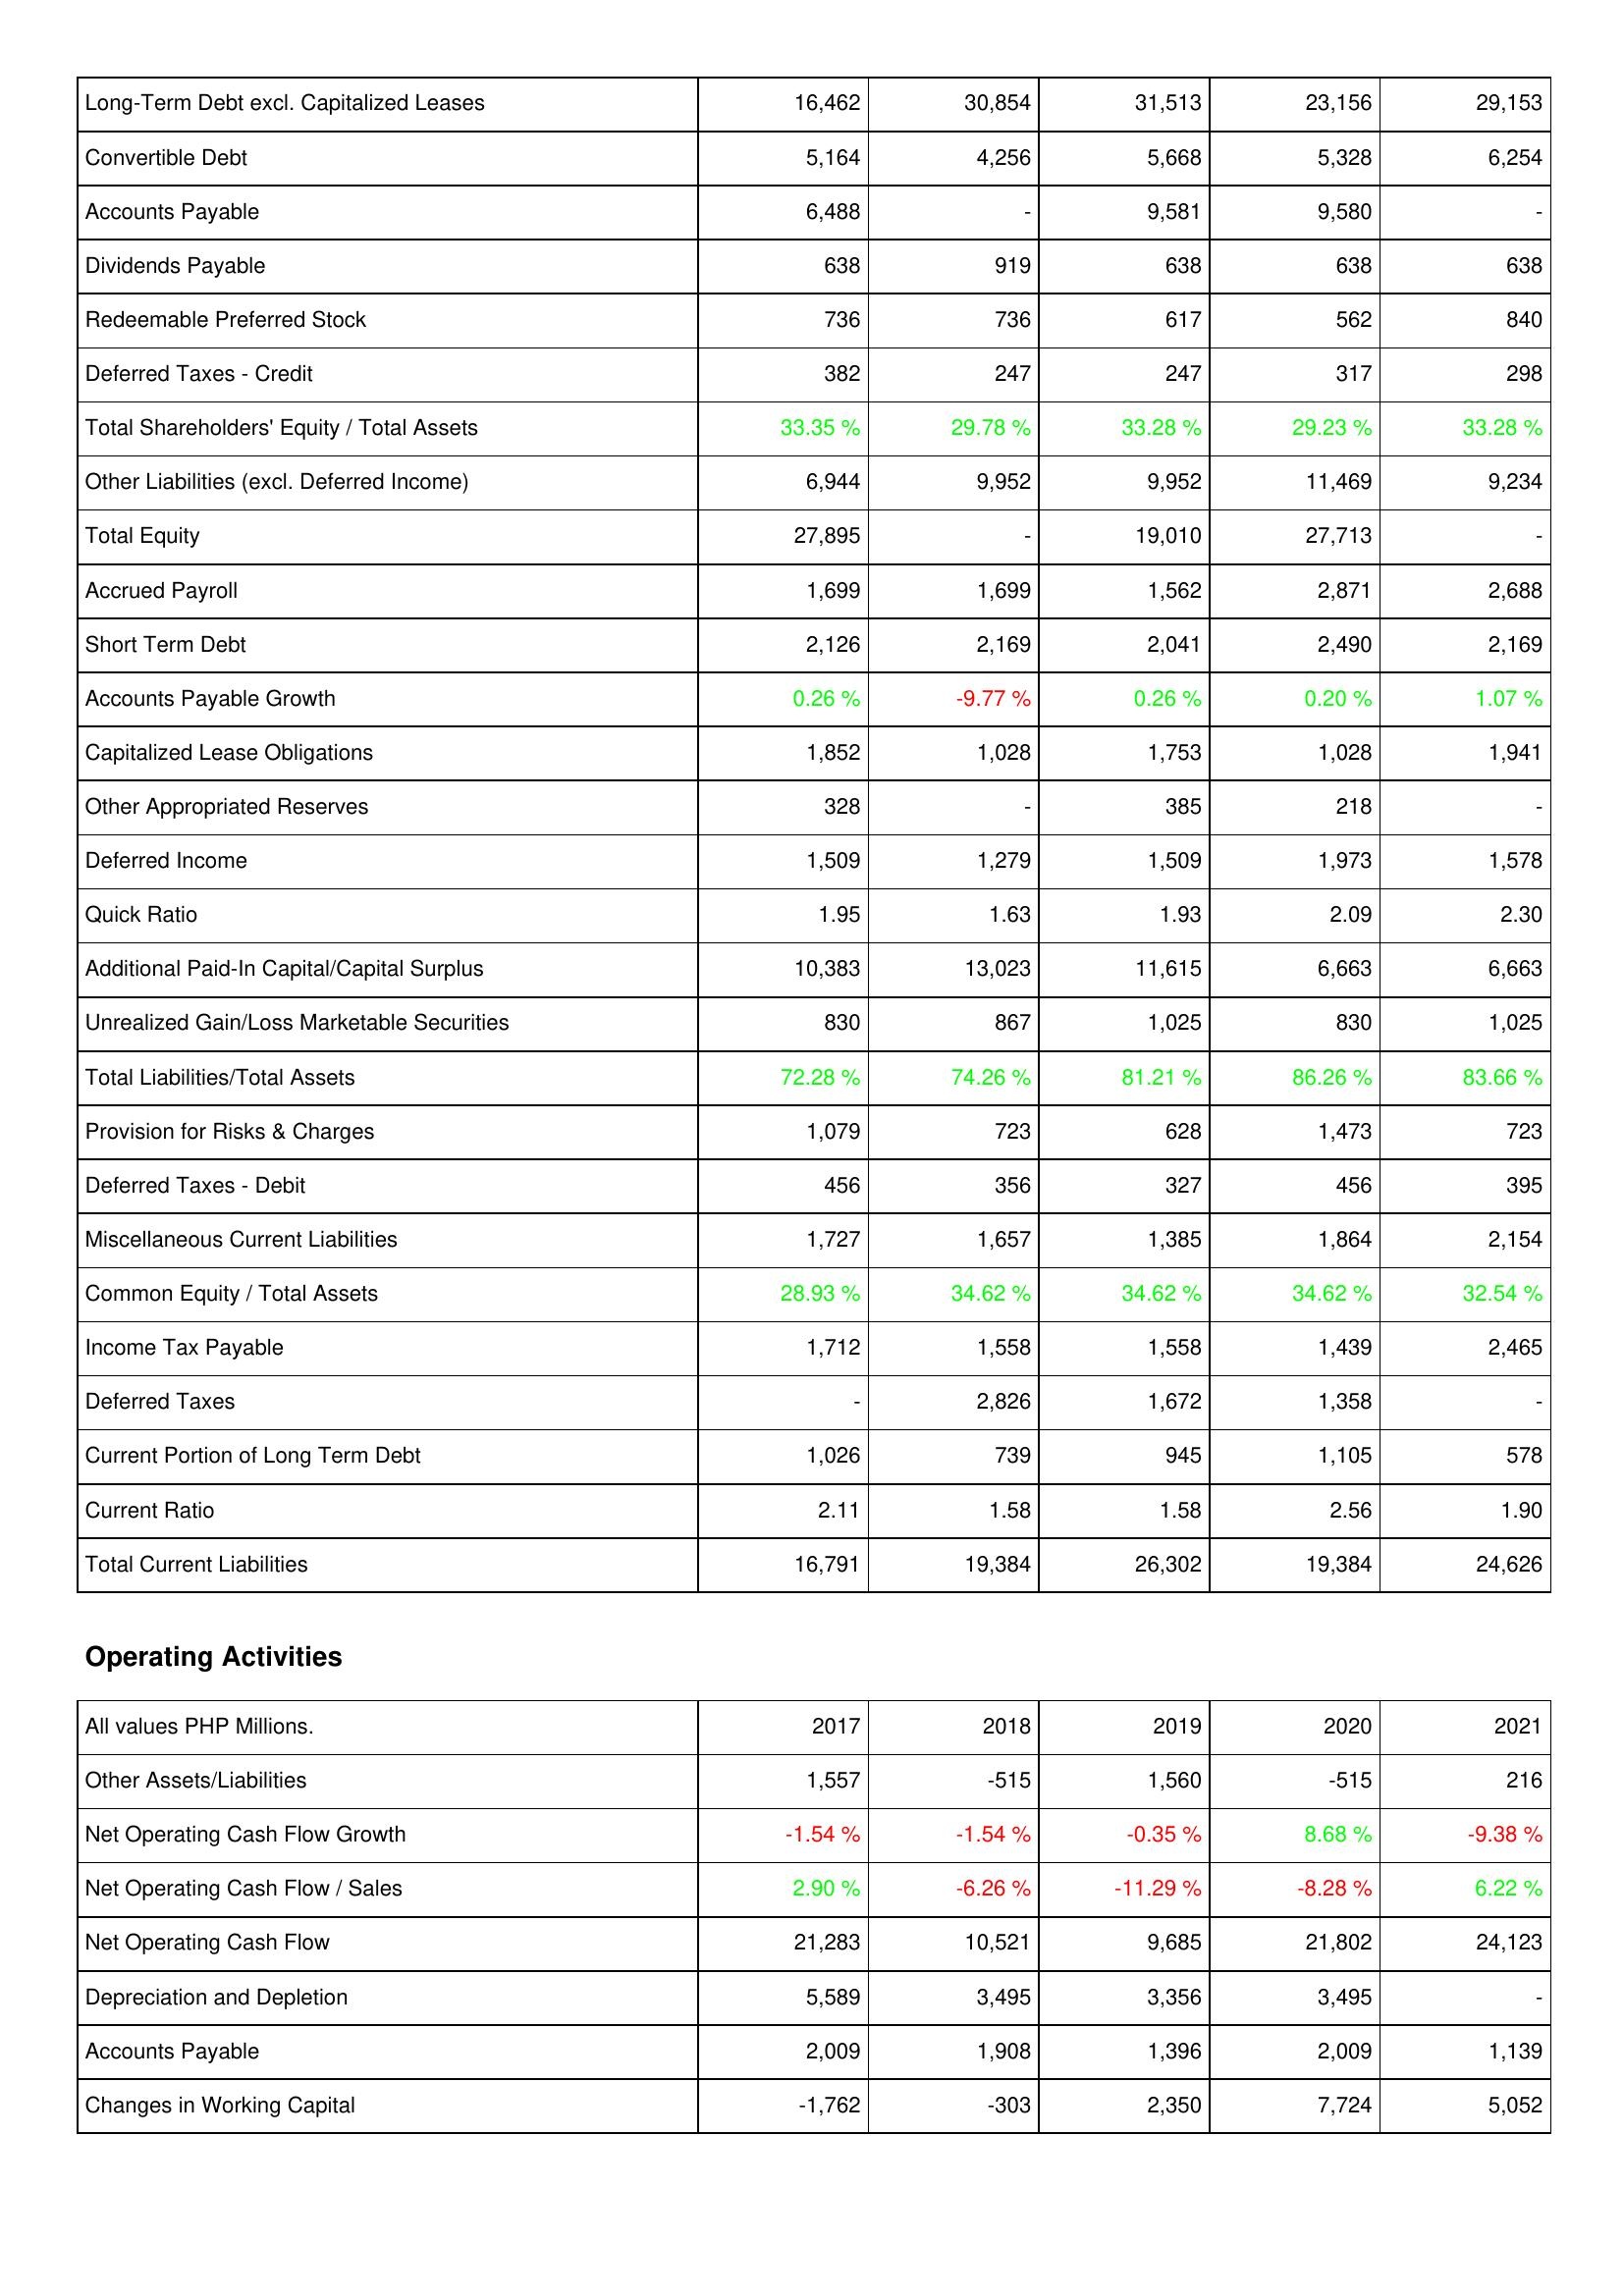
2017: Liabilities & Shareholders' Equity: Long-Term Debt excl. Capitalized Leases: 16,462
Convertible Debt: 5,164
Accounts Payable: 6,488
Dividends Payable: 638
Redeemable Preferred Stock: 736
Deferred Taxes - Credit: 382
Total Shareholders' Equity / Total Assets: 33.35 %
Other Liabilities (excl. Deferred Income): 6,944
Total Equity: 27,895
Accrued Payroll: 1,699
Short Term Debt: 2,126
Accounts Payable Growth: 0.26 %
Capitalized Lease Obligations: 1,852
Other Appropriated Reserves: 328
Deferred Income: 1,509
Quick Ratio: 1.95
Additional Paid-In Capital/Capital Surplus: 10,383
Unrealized Gain/Loss Marketable Securities: 830
Total Liabilities/Total Assets: 72.28 %
Provision for Risks & Charges: 1,079
Deferred Taxes - Debit: 456
Miscellaneous Current Liabilities: 1,727
Common Equity / Total Assets: 28.93 %
Income Tax Payable: 1,712
Deferred Taxes: -
Current Portion of Long Term Debt: 1,026
Current Ratio: 2.11
Total Current Liabilities: 16,791
Operating Activities: Other Assets/Liabilities: 1,557
Net Operating Cash Flow Growth: -1.54 %
Net Operating Cash Flow / Sales: 2.90 %
Net Operating Cash Flow: 21,283
Depreciation and Depletion: 5,589
Accounts Payable: 2,009
Changes in Working Capital: -1,762
2018: Liabilities & Shareholders' Equity: Long-Term Debt excl. Capitalized Leases: 30,854
Convertible Debt: 4,256
Accounts Payable: -
Dividends Payable: 919
Redeemable Preferred Stock: 736
Deferred Taxes - Credit: 247
Total Shareholders' Equity / Total Assets: 29.78 %
Other Liabilities (excl. Deferred Income): 9,952
Total Equity: -
Accrued Payroll: 1,699
Short Term Debt: 2,169
Accounts Payable Growth: -9.77 %
Capitalized Lease Obligations: 1,028
Other Appropriated Reserves: -
Deferred Income: 1,279
Quick Ratio: 1.63
Additional Paid-In Capital/Capital Surplus: 13,023
Unrealized Gain/Loss Marketable Securities: 867
Total Liabilities/Total Assets: 74.26 %
Provision for Risks & Charges: 723
Deferred Taxes - Debit: 356
Miscellaneous Current Liabilities: 1,657
Common Equity / Total Assets: 34.62 %
Income Tax Payable: 1,558
Deferred Taxes: 2,826
Current Portion of Long Term Debt: 739
Current Ratio: 1.58
Total Current Liabilities: 19,384
Operating Activities: Other Assets/Liabilities: -515
Net Operating Cash Flow Growth: -1.54 %
Net Operating Cash Flow / Sales: -6.26 %
Net Operating Cash Flow: 10,521
Depreciation and Depletion: 3,495
Accounts Payable: 1,908
Changes in Working Capital: -303
2019: Liabilities & Shareholders' Equity: Long-Term Debt excl. Capitalized Leases: 31,513
Convertible Debt: 5,668
Accounts Payable: 9,581
Dividends Payable: 638
Redeemable Preferred Stock: 617
Deferred Taxes - Credit: 247
Total Shareholders' Equity / Total Assets: 33.28 %
Other Liabilities (excl. Deferred Income): 9,952
Total Equity: 19,010
Accrued Payroll: 1,562
Short Term Debt: 2,041
Accounts Payable Growth: 0.26 %
Capitalized Lease Obligations: 1,753
Other Appropriated Reserves: 385
Deferred Income: 1,509
Quick Ratio: 1.93
Additional Paid-In Capital/Capital Surplus: 11,615
Unrealized Gain/Loss Marketable Securities: 1,025
Total Liabilities/Total Assets: 81.21 %
Provision for Risks & Charges: 628
Deferred Taxes - Debit: 327
Miscellaneous Current Liabilities: 1,385
Common Equity / Total Assets: 34.62 %
Income Tax Payable: 1,558
Deferred Taxes: 1,672
Current Portion of Long Term Debt: 945
Current Ratio: 1.58
Total Current Liabilities: 26,302
Operating Activities: Other Assets/Liabilities: 1,560
Net Operating Cash Flow Growth: -0.35 %
Net Operating Cash Flow / Sales: -11.29 %
Net Operating Cash Flow: 9,685
Depreciation and Depletion: 3,356
Accounts Payable: 1,396
Changes in Working Capital: 2,350
2020: Liabilities & Shareholders' Equity: Long-Term Debt excl. Capitalized Leases: 23,156
Convertible Debt: 5,328
Accounts Payable: 9,580
Dividends Payable: 638
Redeemable Preferred Stock: 562
Deferred Taxes - Credit: 317
Total Shareholders' Equity / Total Assets: 29.23 %
Other Liabilities (excl. Deferred Income): 11,469
Total Equity: 27,713
Accrued Payroll: 2,871
Short Term Debt: 2,490
Accounts Payable Growth: 0.20 %
Capitalized Lease Obligations: 1,028
Other Appropriated Reserves: 218
Deferred Income: 1,973
Quick Ratio: 2.09
Additional Paid-In Capital/Capital Surplus: 6,663
Unrealized Gain/Loss Marketable Securities: 830
Total Liabilities/Total Assets: 86.26 %
Provision for Risks & Charges: 1,473
Deferred Taxes - Debit: 456
Miscellaneous Current Liabilities: 1,864
Common Equity / Total Assets: 34.62 %
Income Tax Payable: 1,439
Deferred Taxes: 1,358
Current Portion of Long Term Debt: 1,105
Current Ratio: 2.56
Total Current Liabilities: 19,384
Operating Activities: Other Assets/Liabilities: -515
Net Operating Cash Flow Growth: 8.68 %
Net Operating Cash Flow / Sales: -8.28 %
Net Operating Cash Flow: 21,802
Depreciation and Depletion: 3,495
Accounts Payable: 2,009
Changes in Working Capital: 7,724
2021: Liabilities & Shareholders' Equity: Long-Term Debt excl. Capitalized Leases: 29,153
Convertible Debt: 6,254
Accounts Payable: -
Dividends Payable: 638
Redeemable Preferred Stock: 840
Deferred Taxes - Credit: 298
Total Shareholders' Equity / Total Assets: 33.28 %
Other Liabilities (excl. Deferred Income): 9,234
Total Equity: -
Accrued Payroll: 2,688
Short Term Debt: 2,169
Accounts Payable Growth: 1.07 %
Capitalized Lease Obligations: 1,941
Other Appropriated Reserves: -
Deferred Income: 1,578
Quick Ratio: 2.30
Additional Paid-In Capital/Capital Surplus: 6,663
Unrealized Gain/Loss Marketable Securities: 1,025
Total Liabilities/Total Assets: 83.66 %
Provision for Risks & Charges: 723
Deferred Taxes - Debit: 395
Miscellaneous Current Liabilities: 2,154
Common Equity / Total Assets: 32.54 %
Income Tax Payable: 2,465
Deferred Taxes: -
Current Portion of Long Term Debt: 578
Current Ratio: 1.90
Total Current Liabilities: 24,626
Operating Activities: Other Assets/Liabilities: 216
Net Operating Cash Flow Growth: -9.38 %
Net Operating Cash Flow / Sales: 6.22 %
Net Operating Cash Flow: 24,123
Depreciation and Depletion: -
Accounts Payable: 1,139
Changes in Working Capital: 5,052